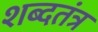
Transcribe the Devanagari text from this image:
शब्दतंत्र